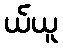
ယ်ယူ